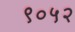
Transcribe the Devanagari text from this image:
९०५२